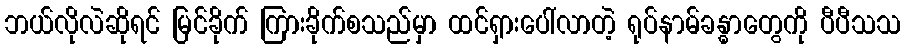
ဘယ်လိုလဲဆိုရင် မြင်ခိုက် ကြားခိုက်စသည်မှာ ထင်ရှားပေါ်လာတဲ့ ရုပ်နာမ်ခန္ဓာတွေကို ပီပီသသ